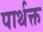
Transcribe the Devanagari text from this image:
पार्थक्त